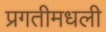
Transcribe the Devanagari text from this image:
प्रगतीमधली